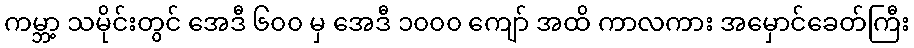
ကမ္ဘာ့ သမိုင်းတွင် အေဒီ ၆၀၀ မှ အေဒီ ၁၀၀၀ ကျော် အထိ ကာလကား အမှောင်ခေတ်ကြီး